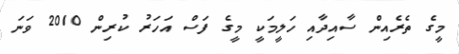
މީގެ ތެރެއިން ސާއިދާއި ހަލީމަކީ މީގެ ފަސް އަހަރު ކުރިން 2010 ވަނަ